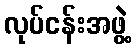
လုပ်ငန်းအဖွဲ့